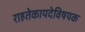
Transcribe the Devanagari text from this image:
राहतेकायदेविषयक